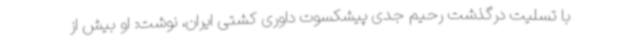
با تسلیت درگذشت رحیم جدی پیشکسوت داوری کشتی ایران، نوشت: او بیش از